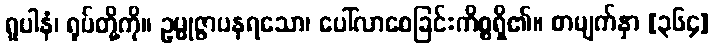
ရူပါနံ၊ ရုပ်တို့ကို။ ဥမ္မုဇ္ဇာပနရသော၊ ပေါ်လာစေခြင်းကိစ္စရှိ၏။ စာမျက်နှာ [၃၆၄]